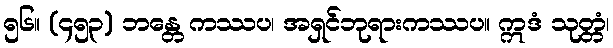
၅၆။ (၄၅၃) ဘန္တေ ကဿပ၊ အရှင်ဘုရားကဿပ။ ဣဒံ သုတ္တံ၊